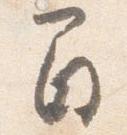
間